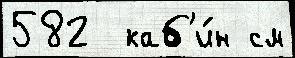
582  каб'и́н см